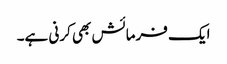
ایک فرمائش بھی کرنی ہے۔